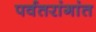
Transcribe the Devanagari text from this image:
पर्वतरांगांत